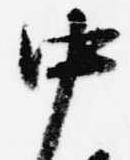
中